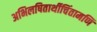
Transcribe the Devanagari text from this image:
अभिलषितार्थीचिंतामणि